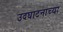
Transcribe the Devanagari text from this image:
उदघाटनाच्या